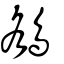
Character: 鵅